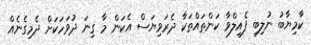
ކާމިޔާބު ނުލިބި ފެއިލްވާ ކަންތައްތަކާ ދެރަވިޔަސް އެކަން މާ ގިނަ ދުވަހަކަށް ދެމިގެނެއް